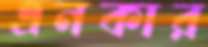
এনকার